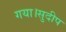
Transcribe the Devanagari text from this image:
गया।सुदीप